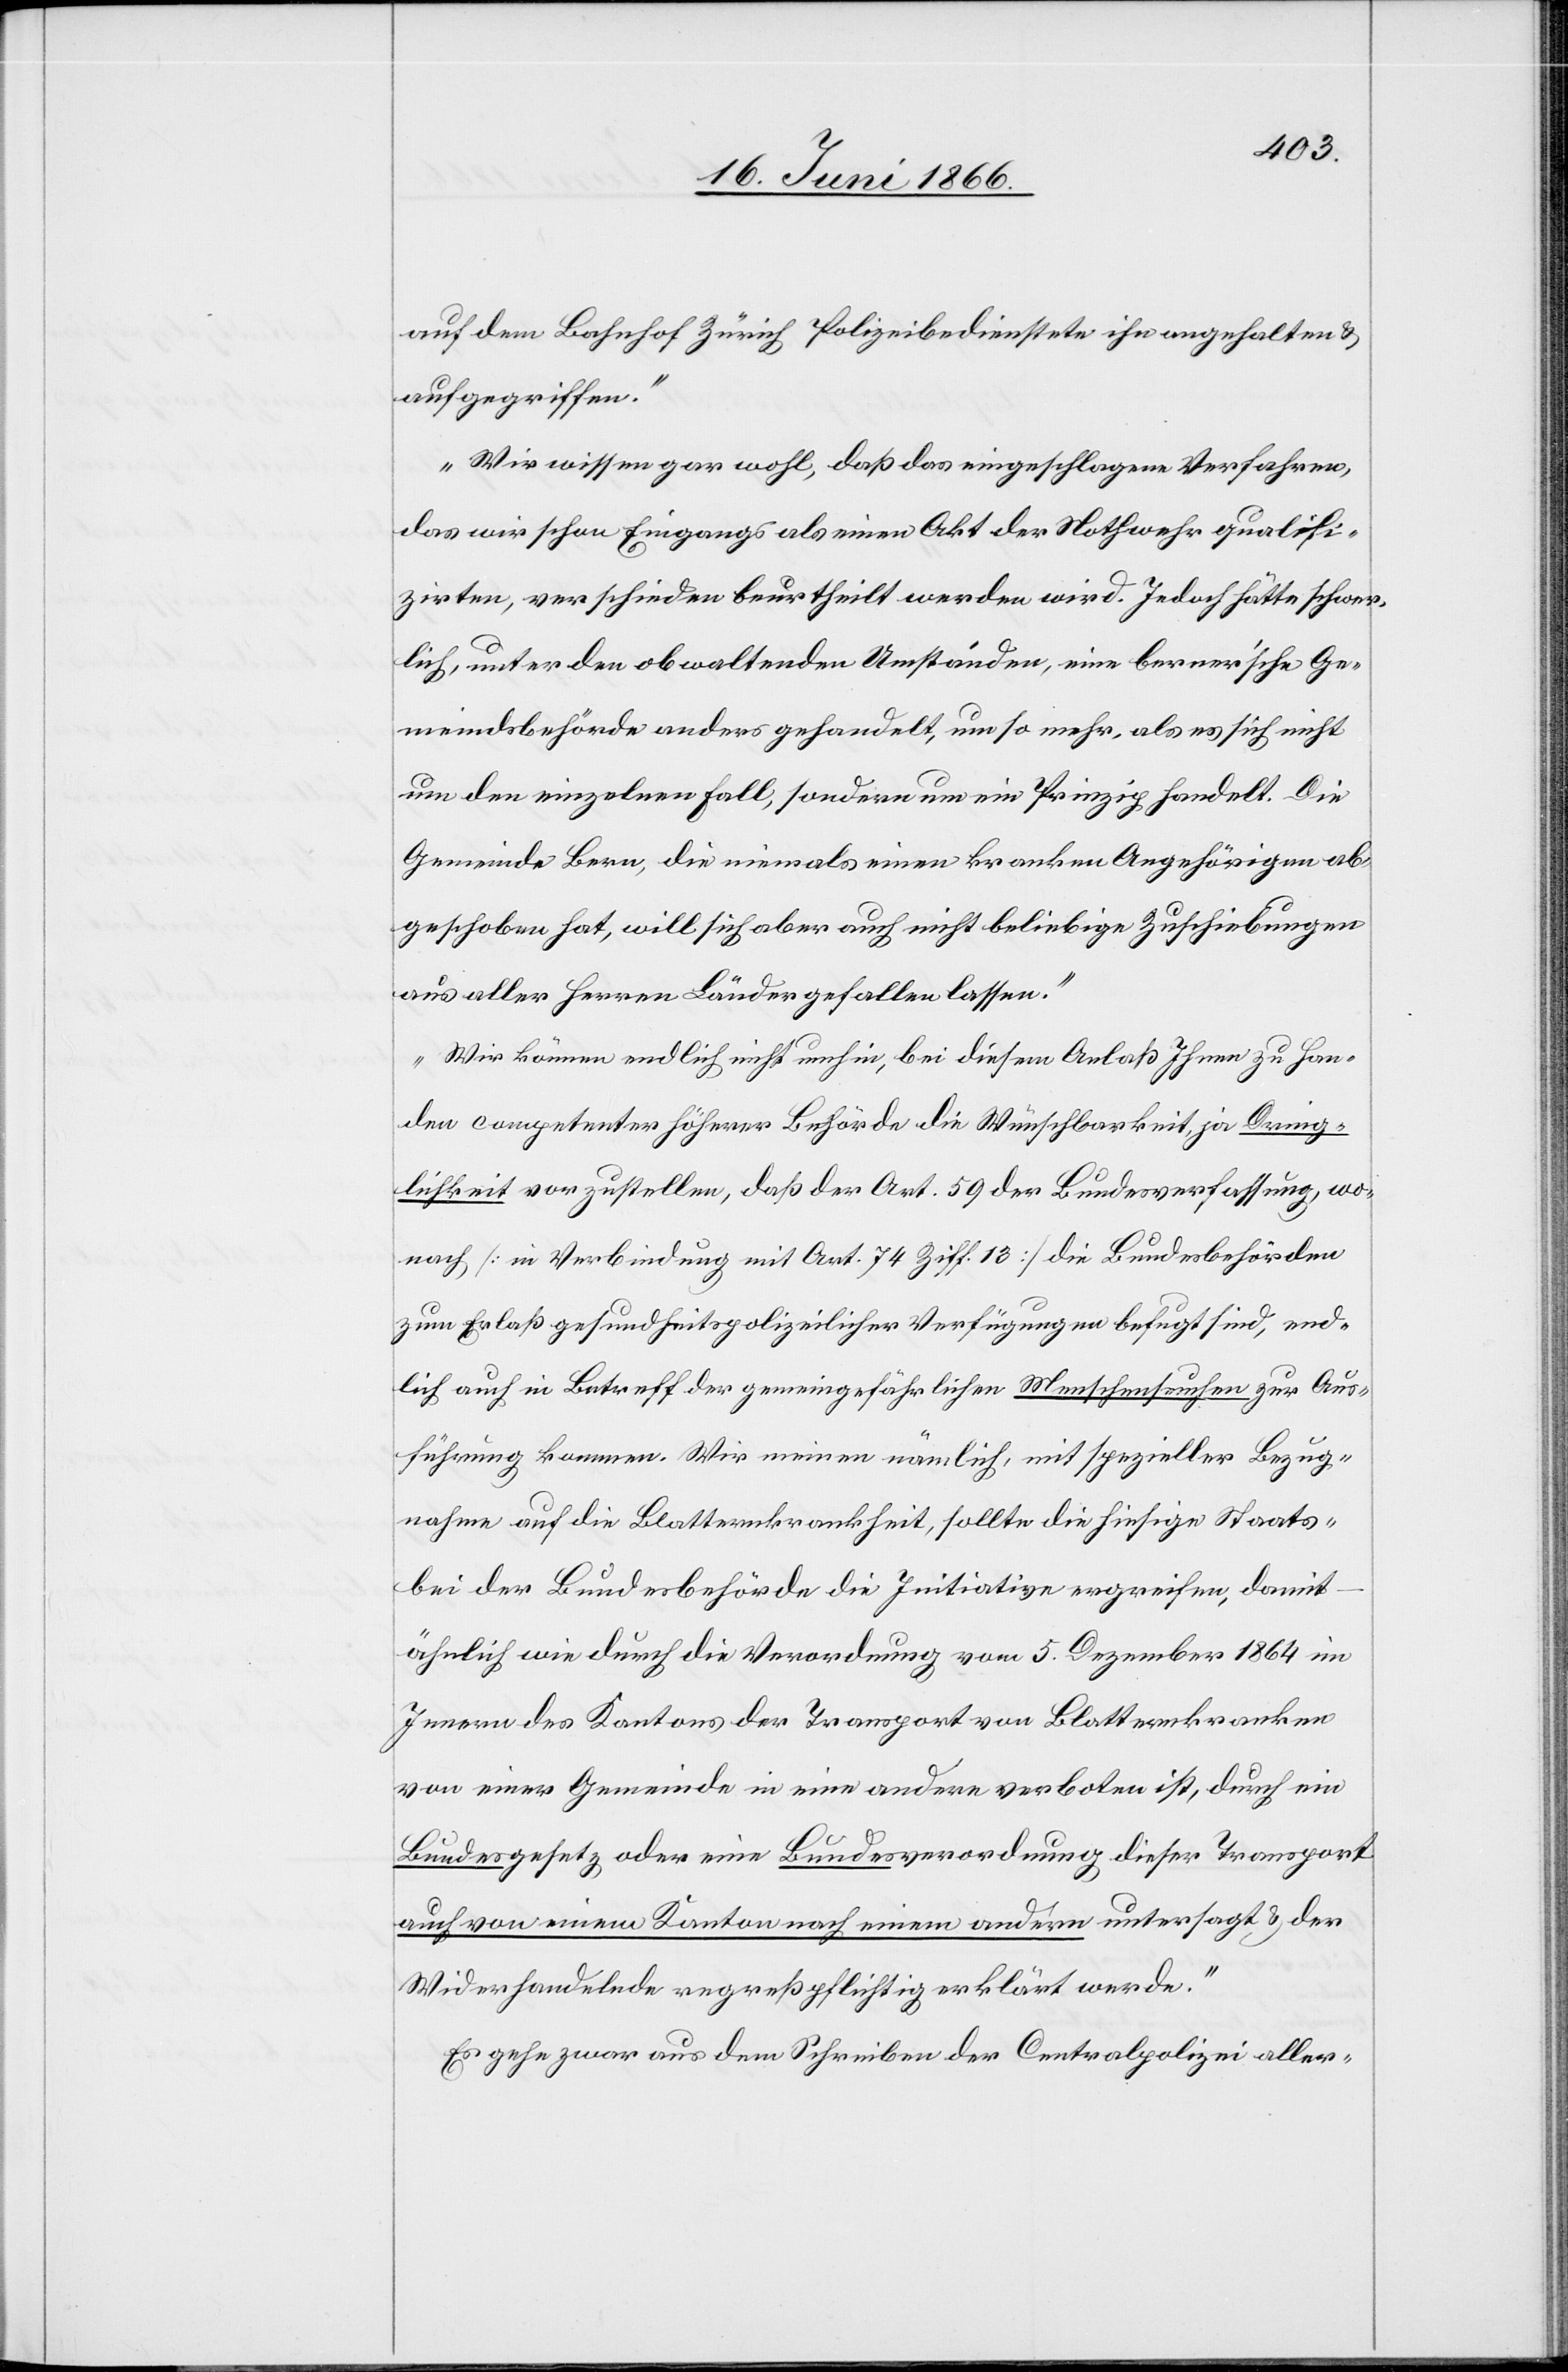
auf dem Beahnhof Zürich Polizeibedienstete ihn angehalten u.
aufgegriffen.
Wir wissen gar wol, daß das eingeschlagene Verfahren,
das wir schon Eingangs als einen Akt der Nothwehr qualifi¬
zirten, verschieden beurtheilt werden wird. Jedoch hätte schwer¬
lich, unter den obwaltenden Umständen, eine berner’sche Ge¬
meindsbehörde anders gehandelt, um so mehr, als es sich nicht
um den einzelnen Fall, sondern um ein Prinzip handelt. Die
Gemeinde Bern, die niemals einen kranken Angehörigen ab¬
geschoben hat, will sich aber auch nicht beliebige Zuschiebungen
aus aller Herren Länder gefallen lassen.
Wir können endlich nicht umhin, bei diesem Anlaß Ihnen zu Han¬
den competenter höherer Behörde die Wünschbarkeit, ja Dring¬
lichkeit vorzustellen, daß der Art. 59 der Bundesverfassung, wo¬
nach [in Verbindung mit Art. 74 Ziff. 13] die Bundesbehörden
zum Erlaß gesundheitspolizeilicher Verfügungen befugt sind, end¬
lich auch in Betreff der gemeingefährlichen Menschenseuchen zur Aus¬
führung kommen [recte: komme]. Wir meinen nämlich, mit spezieller Bezug¬
nahme auf die Blatterkrankheit, sollte die hiesige Staats-
bei der Bundesbehörde die Initiative ergreifen, damit
ähnlich wie durch die Verordnung vom 5. Dezember 1864 im
Innern des Kantons der Transport von Blatterkranken
von einer Gemeinde in eine andere verboten ist, durch ein
Bundesgesetz oder eine Bundesverordnung dieser Transport
auch von einem Kanton nach einem andern untersagt u. der
Widerhandelnde regreßpflichtig erklärt werde.“
Es gehe zwar aus dem Schreiben der Centralpolizei aller-